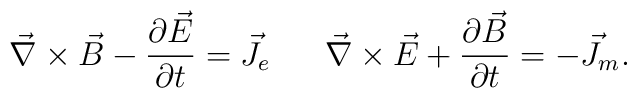
\vec \nabla \times \vec B- {\partial \vec E \over \partial t} = \vec J_e~~~~~\vec \nabla \times \vec E+ {\partial \vec B \over \partial t} = -\vec J_m.